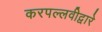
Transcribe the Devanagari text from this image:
करपल्लवीद्वारे